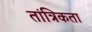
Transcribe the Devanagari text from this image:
तांत्रिकता